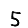
Digit: 5